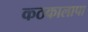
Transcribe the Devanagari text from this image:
कठकालापा